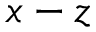
x - z